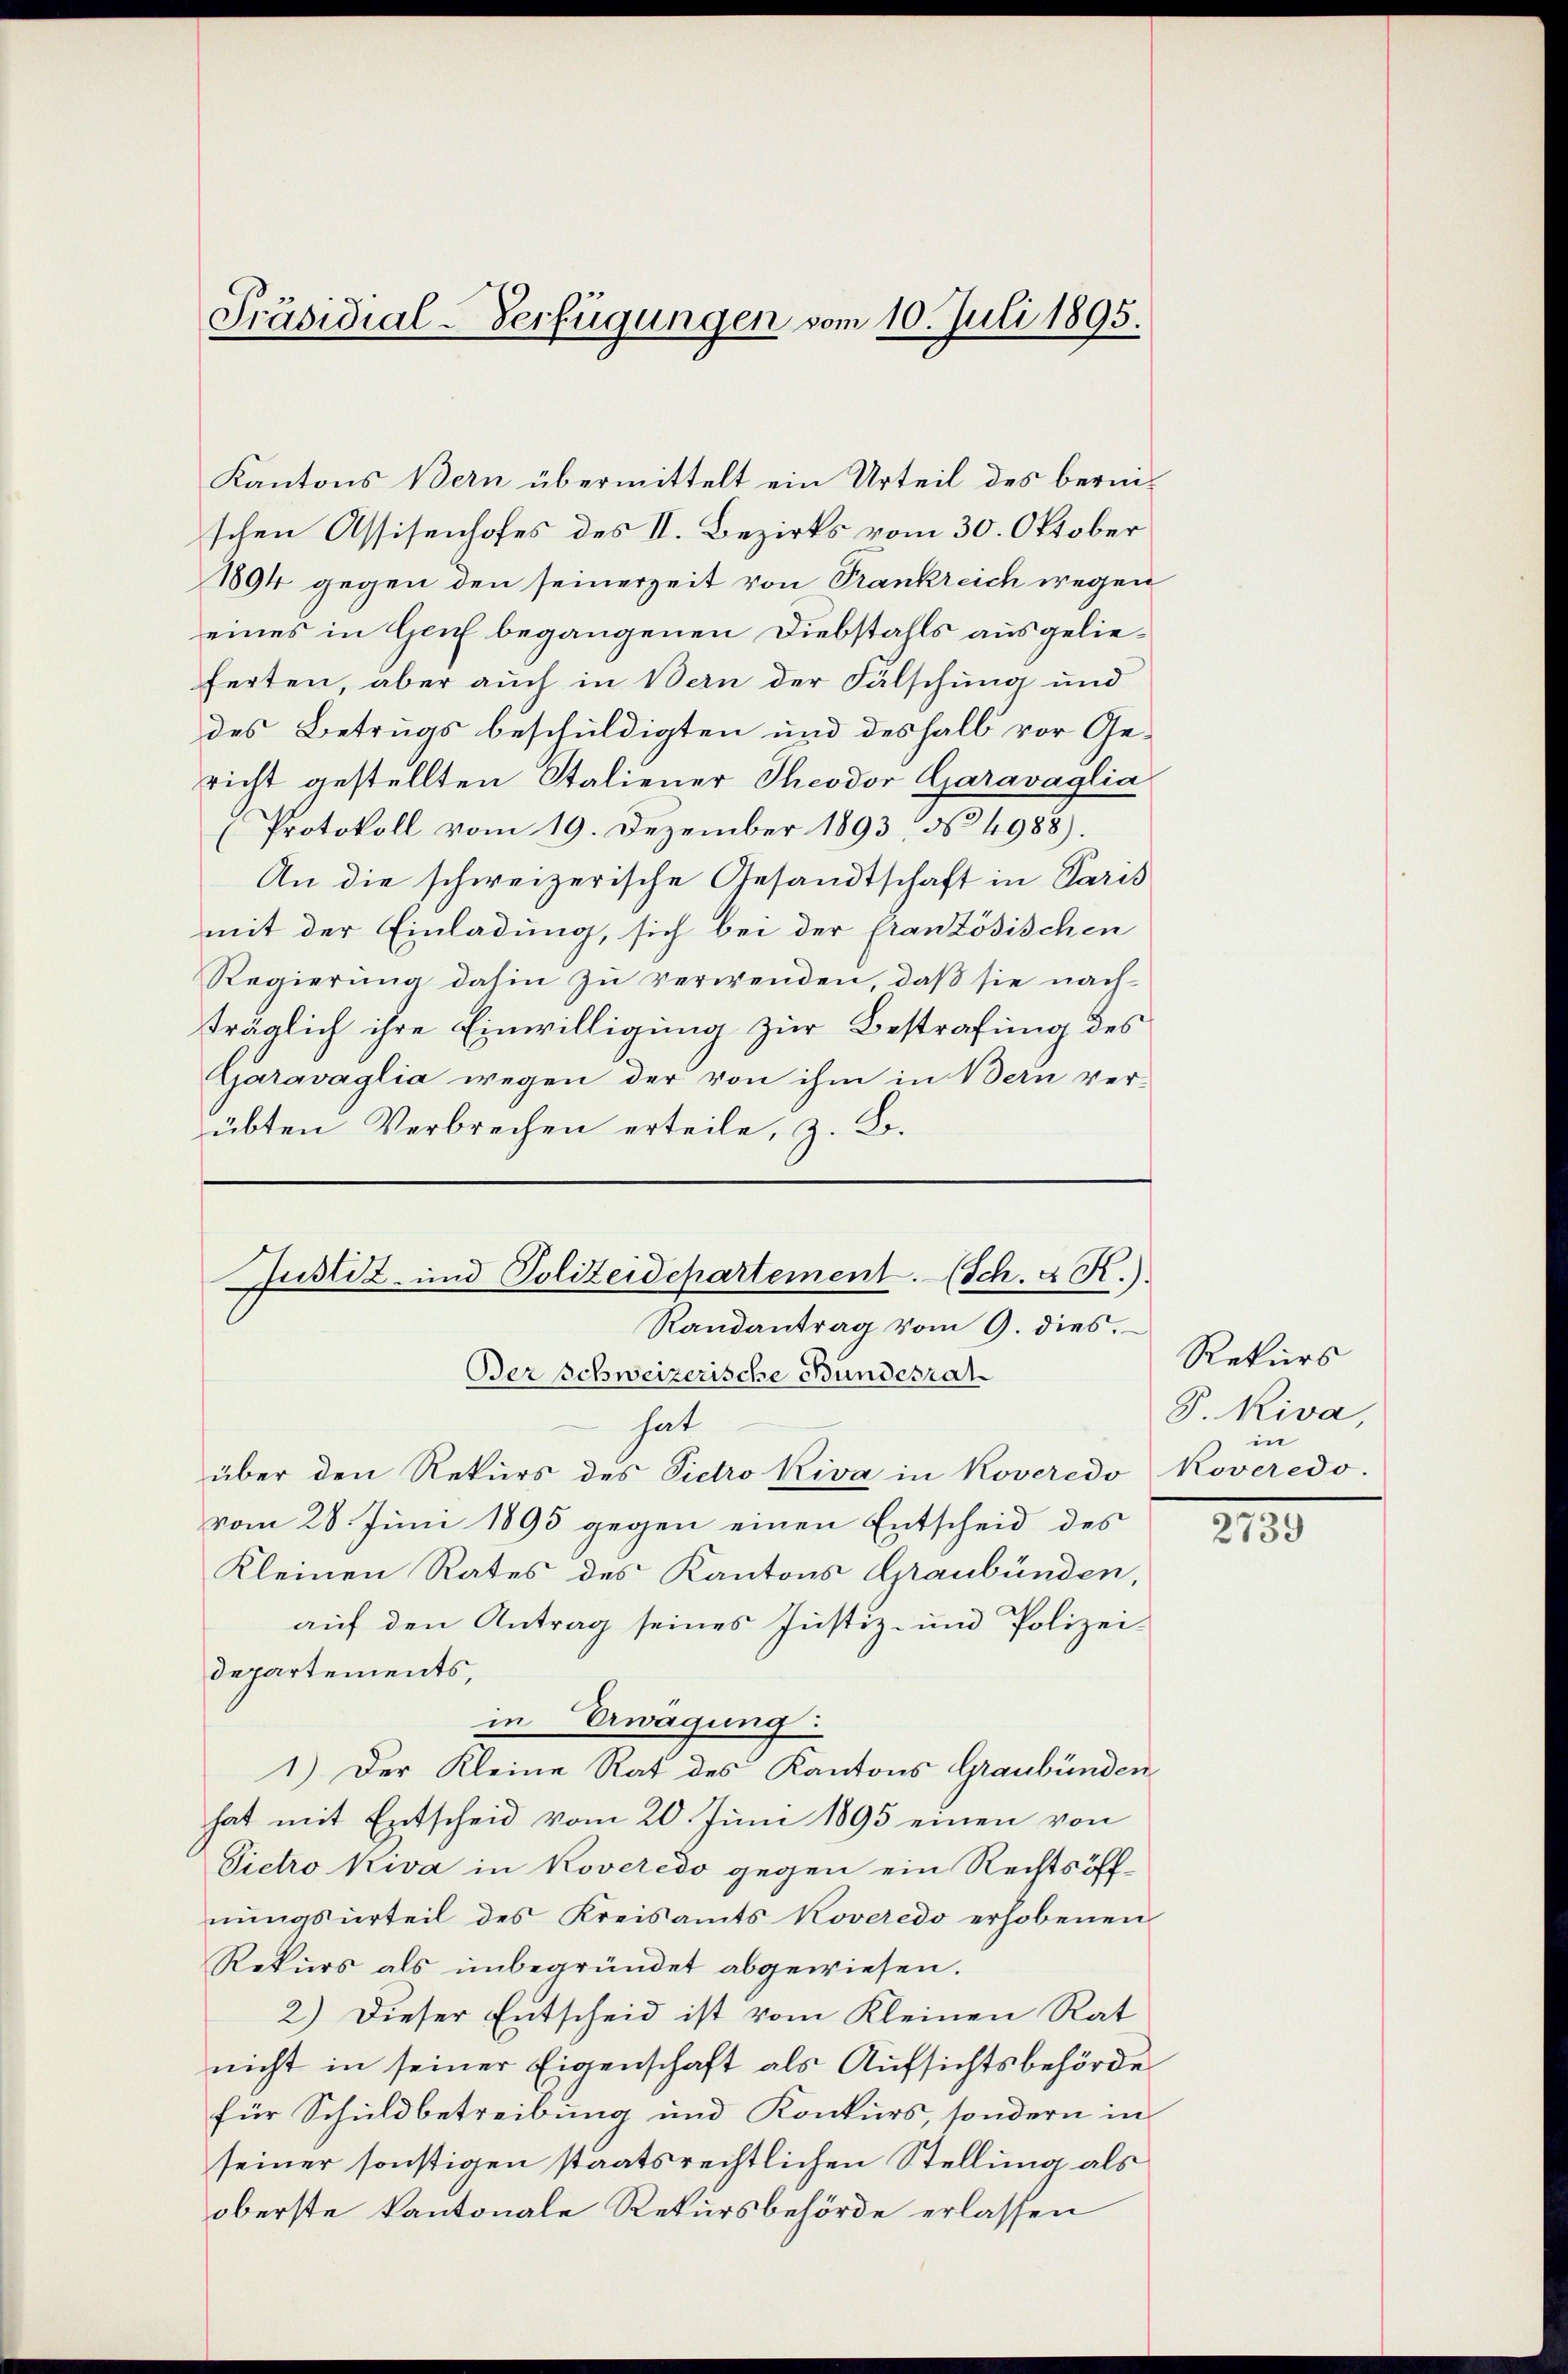
Präsidial-Verfügungen vom 10. Juli 1895.

Kantons Bern übermittelt ein Urteil des bereischen Assisenhofes des II. Bezirks vom 30. Oktober
1894 gegen den seinerzeit von Trankreich wegen
eines in Genf begangenen Diebstahls ausgelieferten, aber auch in Bern der Fälschung und
des Betrugs beschuldigten und deshalb vor Gericht gestellten Staliener Theodor Garavaglia
(Protokoll vom 19. Dezember 1893 No 4988).
An die schweizerische Gesandtschaft in Paris
mit der Einladung, sich bei der französischen
Regierung dahin zu verwenden, daß sie nach-
träglich ihre Einwilligung zur Bestrafung des
Garavaglia wegen der von ihm in Bern ver-
übten Verbrechen erteile, z. B.

Justiz- und Polizeidepartement. (Sch. d. R.)
Randantrag vom 9. dies.
Ber schweizerische Bundesrat

hat
über den Rekurs des Vietro Kiva in Koveredo Koveredo.
vom 28. Juni 1895 gegen einen Entscheid des
Kleinen Rates des Kantons Graubünden,
auf den Antrag seines Justiz- und Polizeidepartements,
in Ewagung:
1.) Der Kleine Rat des Kantons Graubünden
hat mit Entscheid vom 20. Juni 1895 einen von
Pietro Kiva in Koveredo gegen ein Rechtsöffnungsurteil des Kreisamts Koveredo erhobenen
Rekurs als unbegründet abgewiesen.
2) Dieser Entscheid ist vom Kleinen Rat
nicht in seiner Eigenschaft als Aufsichtsbehörde
für Schuldbetreibung und Konkurs, sondern in
seiner sonstigen staatsrechtlichen Stellung als
oberste kantonale Rekursbehörde erlassen

Rekurs
S. Riva,
in

2739